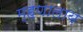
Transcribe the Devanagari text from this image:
म्हणालाय